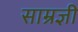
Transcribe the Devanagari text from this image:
साम्रज्ञी